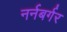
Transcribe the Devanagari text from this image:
नर्नबर्गर